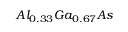
A l _ { 0 . 3 3 } G a _ { 0 . 6 7 } A s